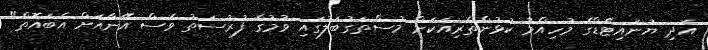
އަދި ޔުނައިޓެޑްގެ މުހިއްމު ކުޅުންތެރިއަކަށް މުސްތަގުބަލުގައި ވުމުގެ ފުރުސަތު ވެސް އޭނާއަށް އެބައޮތް"